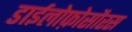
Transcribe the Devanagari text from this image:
डाईलोफ़ोसौरस